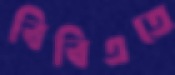
বিবিএতে